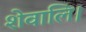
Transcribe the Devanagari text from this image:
शेवालि।